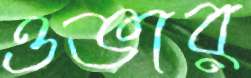
ওভার